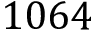
1 0 6 4